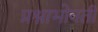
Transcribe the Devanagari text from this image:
प्रश्नाभोवती